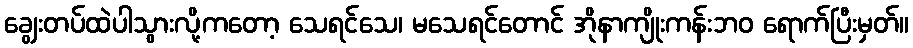
ချွေးတပ်ထဲပါသွားလို့ကတော့ သေရင်သေ၊ မသေရင်တောင် အိုနာကျိုးကန်းဘဝ ရောက်ပြီးမှတ်။